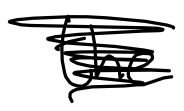
Text: in
Cross-out: mix
Writing tool: digital_black